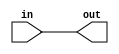
module coreir_orr #(
    parameter width = 1
) (
    input [width-1:0] in,
    output out
);
  assign out = |in;
endmodule

module Or4x8 (
    input [7:0] I0,
    input [7:0] I1,
    input [7:0] I2,
    input [7:0] I3,
    output [7:0] O
);
wire orr_inst0_out;
wire orr_inst1_out;
wire orr_inst2_out;
wire orr_inst3_out;
wire orr_inst4_out;
wire orr_inst5_out;
wire orr_inst6_out;
wire orr_inst7_out;
wire [3:0] orr_inst0_in;
assign orr_inst0_in = {I3[0],I2[0],I1[0],I0[0]};
coreir_orr #(
    .width(4)
) orr_inst0 (
    .in(orr_inst0_in),
    .out(orr_inst0_out)
);
wire [3:0] orr_inst1_in;
assign orr_inst1_in = {I3[1],I2[1],I1[1],I0[1]};
coreir_orr #(
    .width(4)
) orr_inst1 (
    .in(orr_inst1_in),
    .out(orr_inst1_out)
);
wire [3:0] orr_inst2_in;
assign orr_inst2_in = {I3[2],I2[2],I1[2],I0[2]};
coreir_orr #(
    .width(4)
) orr_inst2 (
    .in(orr_inst2_in),
    .out(orr_inst2_out)
);
wire [3:0] orr_inst3_in;
assign orr_inst3_in = {I3[3],I2[3],I1[3],I0[3]};
coreir_orr #(
    .width(4)
) orr_inst3 (
    .in(orr_inst3_in),
    .out(orr_inst3_out)
);
wire [3:0] orr_inst4_in;
assign orr_inst4_in = {I3[4],I2[4],I1[4],I0[4]};
coreir_orr #(
    .width(4)
) orr_inst4 (
    .in(orr_inst4_in),
    .out(orr_inst4_out)
);
wire [3:0] orr_inst5_in;
assign orr_inst5_in = {I3[5],I2[5],I1[5],I0[5]};
coreir_orr #(
    .width(4)
) orr_inst5 (
    .in(orr_inst5_in),
    .out(orr_inst5_out)
);
wire [3:0] orr_inst6_in;
assign orr_inst6_in = {I3[6],I2[6],I1[6],I0[6]};
coreir_orr #(
    .width(4)
) orr_inst6 (
    .in(orr_inst6_in),
    .out(orr_inst6_out)
);
wire [3:0] orr_inst7_in;
assign orr_inst7_in = {I3[7],I2[7],I1[7],I0[7]};
coreir_orr #(
    .width(4)
) orr_inst7 (
    .in(orr_inst7_in),
    .out(orr_inst7_out)
);
assign O = {orr_inst7_out,orr_inst6_out,orr_inst5_out,orr_inst4_out,orr_inst3_out,orr_inst2_out,orr_inst1_out,orr_inst0_out};
endmodule